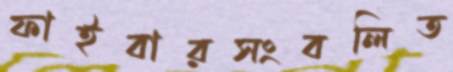
ফাইবারসংবলিত